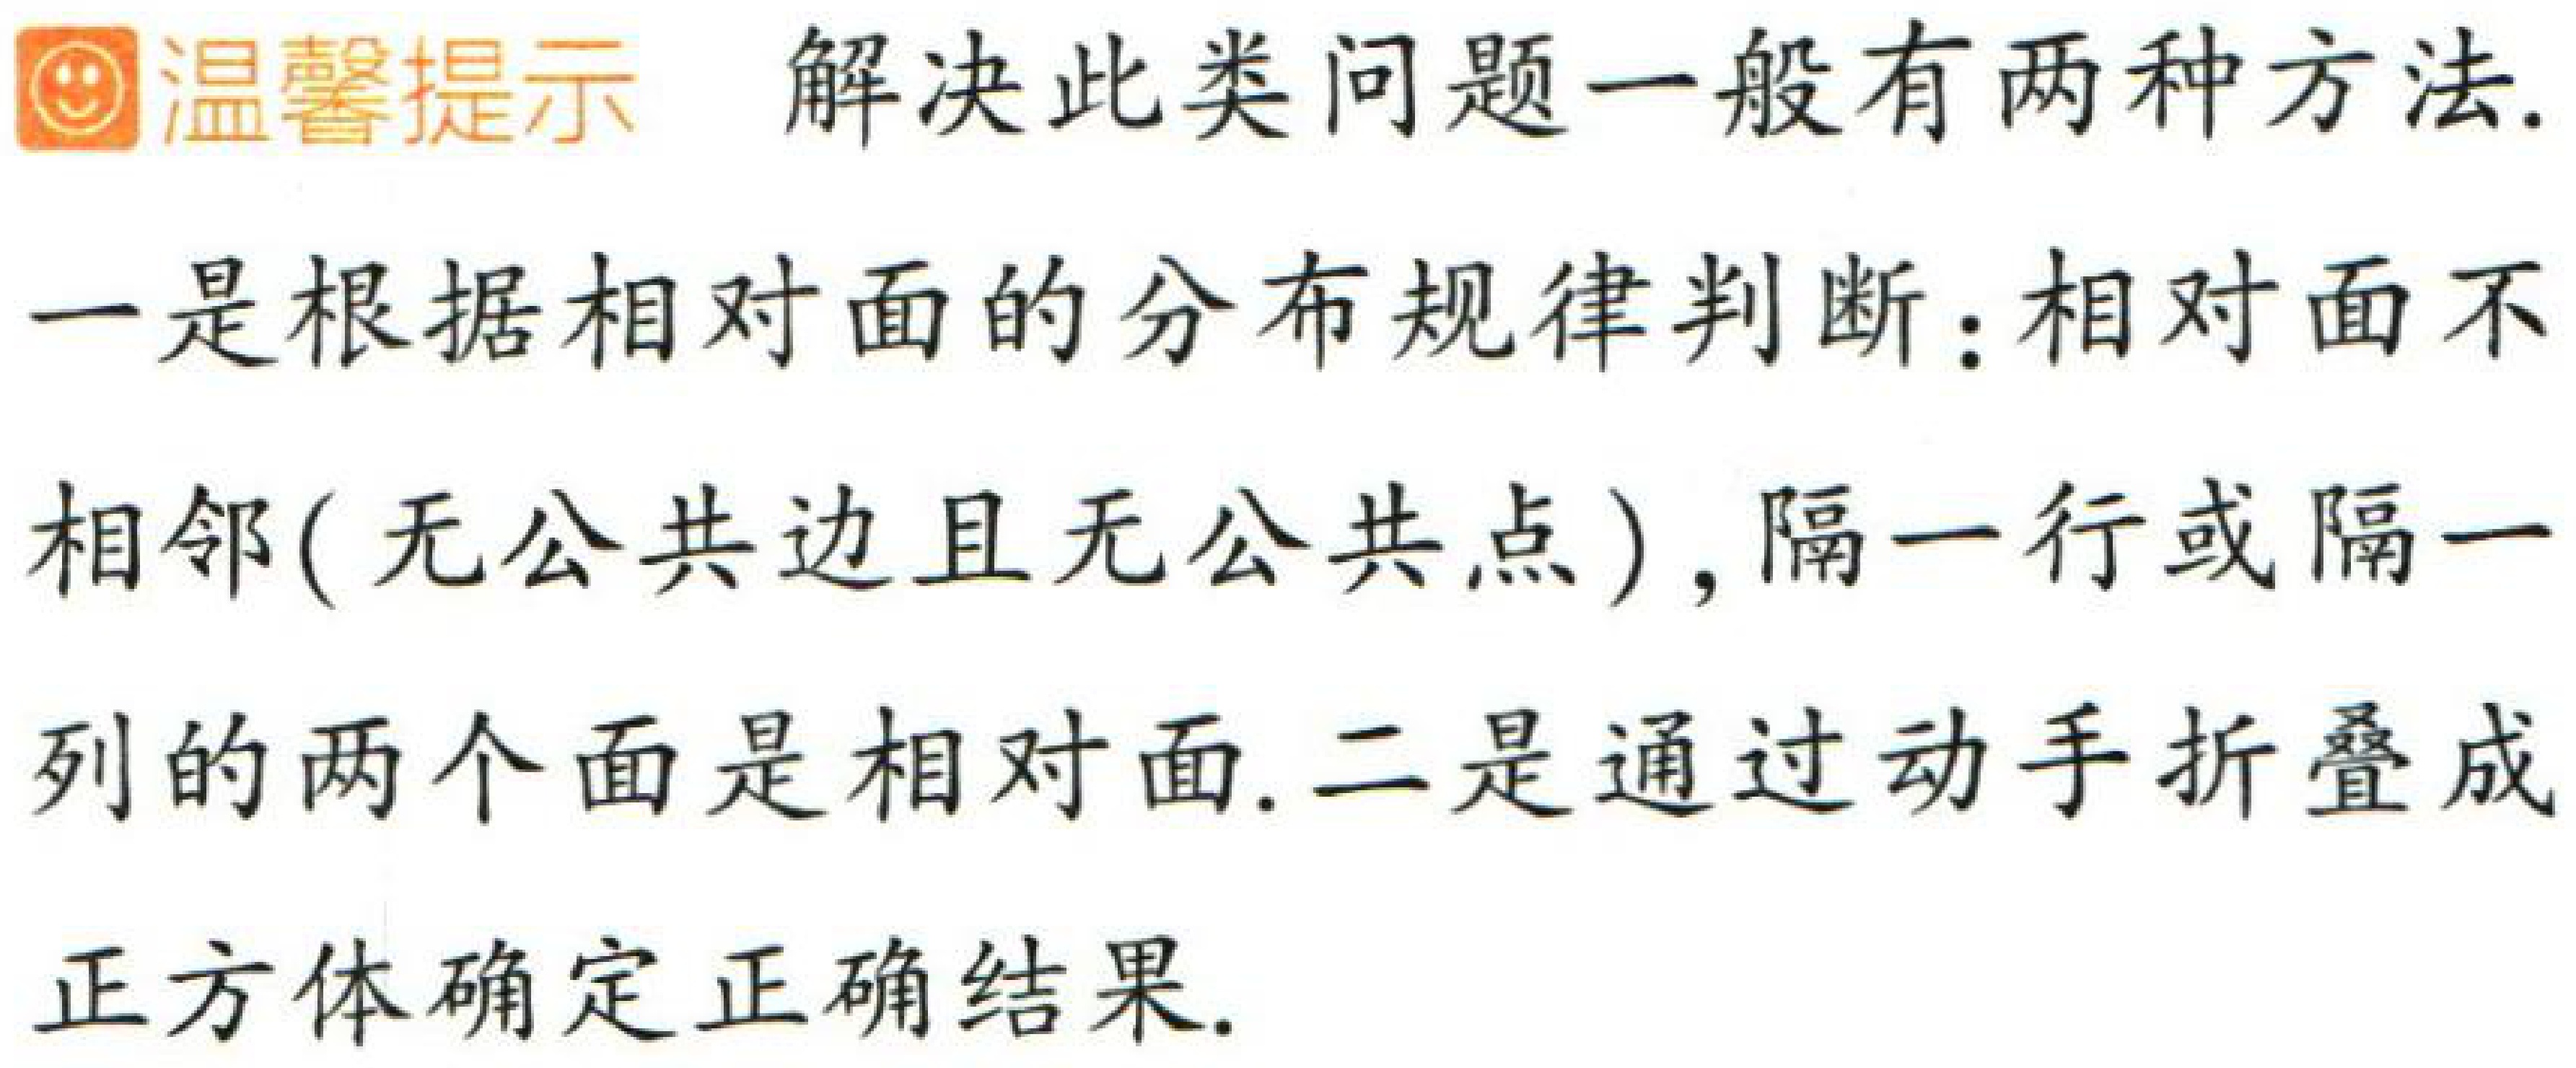
温馨提示 解决此类问题一般有两种方法.

一是根据相对面的分布规律判断：相对面不

相邻(无公共边且无公共点),隔一行或隔一

列的两个面是相对面.二是通过动手折叠成

正方体确定正确结果.